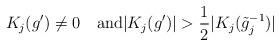
LaTeX: \begin{align*} K_j(g')\not=0 \quad{\rm and}|K_j(g')|>{1\over2} |K_j(\tilde g_j^{-1})| \end{align*}